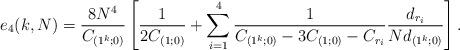
LaTeX: \begin{align*}e_4(k,N) = {8N^4\over C_{(1^k;0)}}\left[{1\over 2 C_{(1;0)}} + \sum_{i=1}^4{1 \over C_{(1^k;0)} - 3 C_{(1;0)} - C_{r_i} } {d_{r_i}\over N d_{(1^k;0)}} \right].\end{align*}